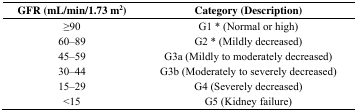
<table><thead><tr><td><b>GFR (mL/min/1.73 m<sup>2</sup>)</b></td><td><b>Category (Description)</b></td></tr></thead><tbody><tr><td>≥90</td><td>G1 * (Normal or high)</td></tr><tr><td>60–89</td><td>G2 * (Mildly decreased)</td></tr><tr><td>45–59</td><td>G3a (Mildly to moderately decreased)</td></tr><tr><td>30–44</td><td>G3b (Moderately to severely decreased)</td></tr><tr><td>15–29</td><td>G4 (Severely decreased)</td></tr><tr><td>&lt;15</td><td>G5 (Kidney failure)</td></tr></tbody></table>